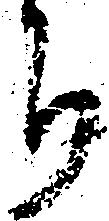
ち